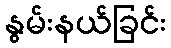
နွမ်းနယ်ခြင်း